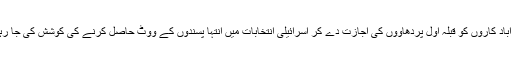
یہودی آباد کاروں کو قبلہ اول پردھاووں کی اجازت دے کر اسرائیلی انتخابات میں انتہا پسندوں کے ووٹ حاصل کرنے کی کوشش کی جا رہی ہے۔